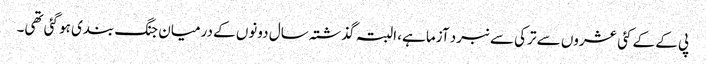
پی کے کے کئی عشروں سے ترکی سے نبرد آزما ہے، البتہ گذشتہ سال دونوں کے درمیان جنگ بندی ہو گئی تھی۔